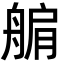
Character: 䑷